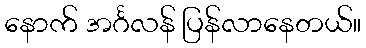
နောက် အင်္ဂလန် ပြန်လာနေတယ်။